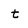
Character: t